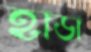
হাডা